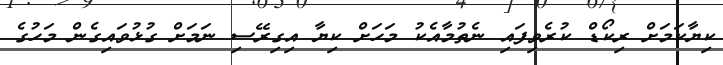
ކިޔާކަމަށް ރިކޯޑް ކުރެވިފައި ނެތުމާއެކު މަހަށް ކިޔާ އިގިރޭސި ނަމަށް ގުޅުވައިގެން މަހުގެ